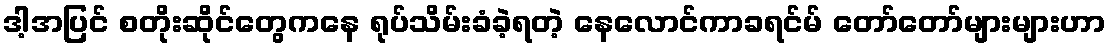
ဒါ့အပြင် စတိုးဆိုင်တွေကနေ ရုပ်သိမ်းခံခဲ့ရတဲ့ နေလောင်ကာခရင်မ် တော်တော်များများဟာ